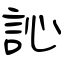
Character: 訫